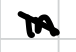
Text: in
Cross-out: diagonal
Writing tool: digital_black